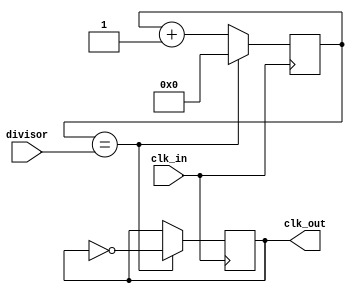
module fractional_clock_divider (
    input wire clk_in,
    input wire [7:0] divisor,
    output reg clk_out
    );

reg [7:0] count;

always @ (posedge clk_in) begin
    if (count == divisor) begin
        clk_out <= ~clk_out;
        count <= 0;
    end else begin
        count <= count + 1;
    end
end

endmodule